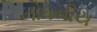
નોધનીય